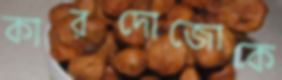
কারদোজোকে